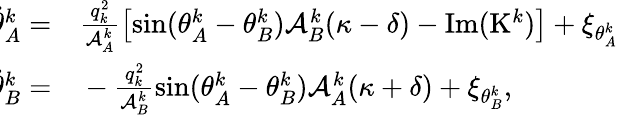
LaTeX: \begin{array}{rl}{\! \! \dot{\theta}_{A}^{k}=}&{{}\frac{q_{k}^{2}}{\mathcal{A}_{A}^{k}}\left[\sin(\theta_{A}^{k}-\theta_{B}^{k})\mathcal{A}_{B}^{k}(\kappa-\delta)-\mathrm{Im}(\mathrm{K}^{k})\right]+\xi_{\theta_{A}^{k}}}\\ {\! \! \dot{\theta}_{B}^{k}=}&{{}-\frac{q_{k}^{2}}{\mathcal{A}_{B}^{k}}\sin(\theta_{A}^{k}-\theta_{B}^{k}){\mathcal{A}_{A}^{k}(\kappa+\delta)}+\xi_{\theta_{B}^{k}},}\end{array}